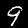
Label: 9